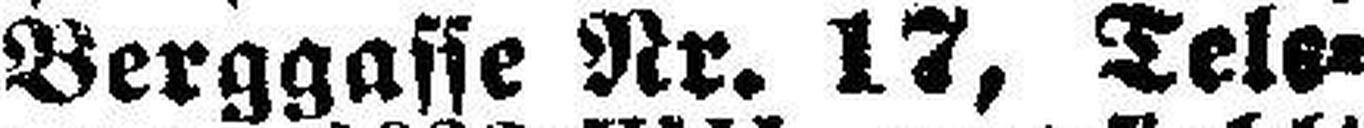
Berggasse Nr. 17, Tele¬